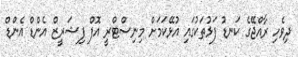
ދިވެހި ރާއްޖޭގެ ކަނޑު ފަޅުތަކުގައި އުޅޭކަމަށް މިނިސްޓްރީ އޮފް ފިޝަރީޒް އެންޑް އެންޑް